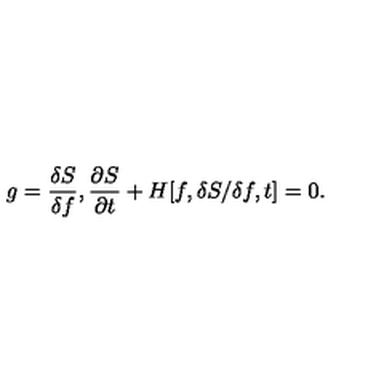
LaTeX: g = \frac { \delta S } { \delta f } , \frac { \partial S } { \partial t } + H [ f , \delta S / \delta f , t ] = 0 .